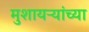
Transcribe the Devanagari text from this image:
मुशायऱ्यांच्या